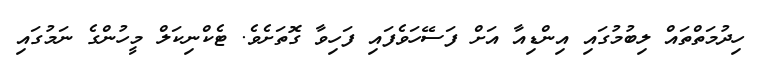
ހިދުމަތްތައް ލިބުމުގައި އިންޑިއާ އަށް ފަސޭހަވެފައި ފަހިވާ ގޮތަށެވެ. ޓެކްނިކަލް މީހުންގެ ނަމުގައި